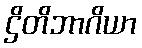
ဌိတိဘာဂိယာ